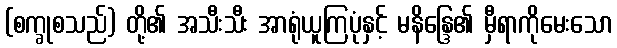
(စက္ခုစသည်) တို့၏ အသီးသီး အာရုံယူကြပုံနှင့် မနိန္ဒြေ၏ မှီရာကိုမေးသော